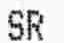
SR